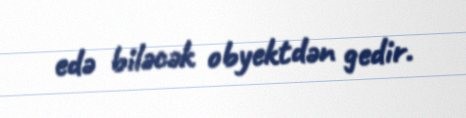
edə biləcək obyektdən gedir.